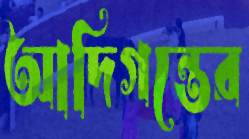
আদিগন্তের